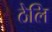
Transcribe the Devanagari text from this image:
ठेलि